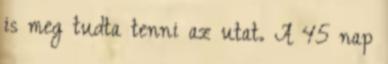
is meg tudta tenni az utat. A 45 nap